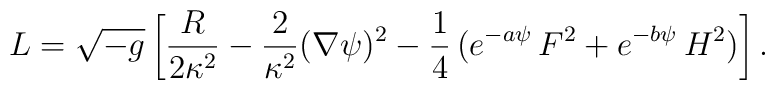
L={\sqrt{ -g}}\left[{R\over 2\kappa^{2}}-{2\over \kappa^{2}}(\nabla \psi)^{2}-{1\over 4}\,( e^{-a \psi}\,F^{2}+ e^{-b \psi}\,H^{2})\right].